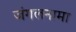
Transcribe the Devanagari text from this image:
जंगलनामा